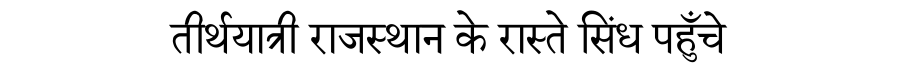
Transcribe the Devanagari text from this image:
तीर्थयात्री राजस्थान के रास्ते सिंध पहुँचे